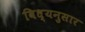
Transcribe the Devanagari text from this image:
विध्यनुसार